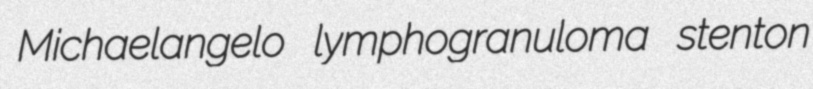
Michaelangelo lymphogranuloma stenton